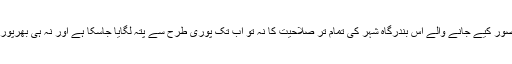
تاہم سی پیک کے لیے ناگزیر تصور کیے جانے والے اس بندرگاہ شہر کی تمام تر صلاحیت کا نہ تو اب تک پوری طرح سے پتہ لگایا جاسکا ہے اور نہ ہی بھرپور انداز میں فائدہ اٹھایا جاسکا ہے۔